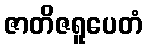
ဇာတိဇရူပေတံ